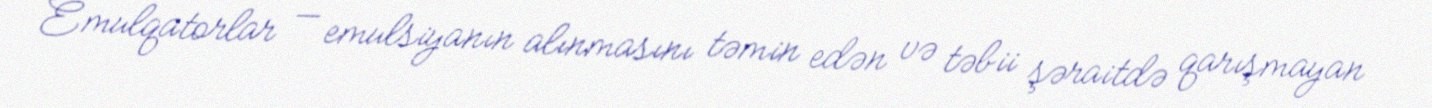
Emulqatorlar — emulsiyanın alınmasını təmin edən və təbii şəraitdə qarışmayan